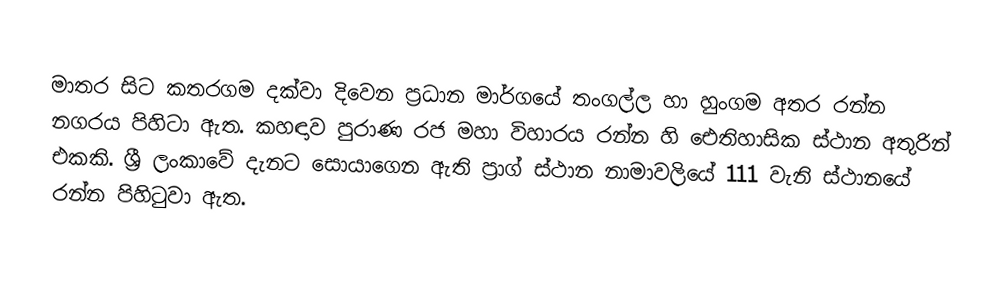
මාතර සිට කතරගම දක්වා දිවෙන ප්‍රධාන මාර්ගයේ තංගල්ල හා හුංගම අතර රන්න නගරය පිහිටා ඇත.  කහඳාව පුරාණ රජ මහා විහාරය   රන්න හි ඓතිහාසික ස්ථාන අතුරින් එකකි. ශ්‍රී ලංකාවේ දැනට සොයාගෙන ඇති ප්‍රාග් ස්ථාන නාමාවලියේ 111 වැනි ස්ථානයේ රන්න පිහිටුවා ඇත.